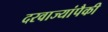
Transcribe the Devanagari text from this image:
दरवाज्यांपैकी